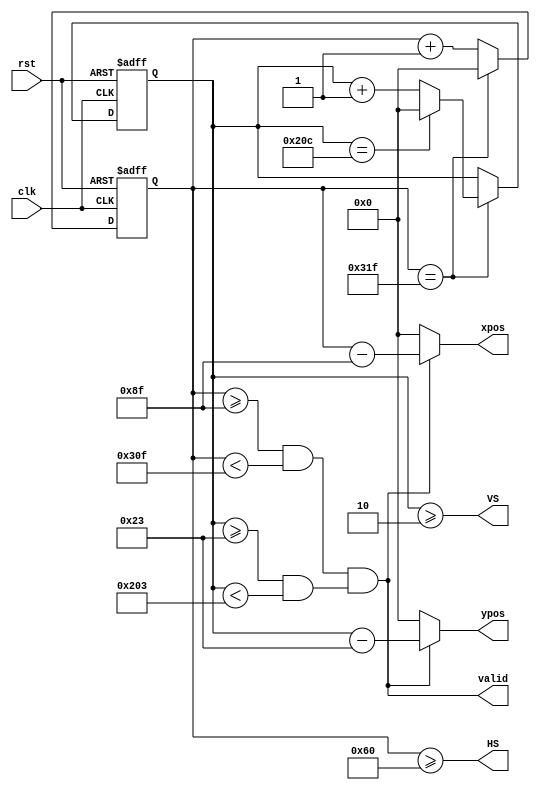
`timescale 1ns / 1ps
//////////////////////////////////////////////////////////////////////////////////
// Company: 
// Engineer: 
// 
// Design Name: 
// Module Name: VGA_640x480
// Project Name: 
// Target Devices: 
// Tool Versions: 
// Description: 
// 
// Dependencies: 
// 
// Revision:
// Revision 0.01 - File Created
// Additional Comments:
// 
//////////////////////////////////////////////////////////////////////////////////
module VGA_640x480(
    input clk,//25mhz
    input rst,
    output HS,
    output VS,
    output valid,
    output [31:0] xpos,
    output [31:0] ypos
    );

    reg [31:0]h_count;
    reg [31:0]v_count;  
    



    //h_count(0-639+8+8+96+40+8 = 799)
    always@(posedge clk or posedge rst)begin
        if (rst) begin
            h_count<=0;
        end
        else if(h_count == 10'd799)
            h_count <= 10'h0;
        else
            h_count <= h_count + 10'h1;
    end

    
    //v_count(0-524)
    always@(posedge clk or posedge rst)begin
        if (rst) begin
            v_count<=0;
        end
        else if(h_count == 10'd799)begin        
            if(v_count == 10'd524)v_count <= 10'h0;
            else v_count <= v_count + 10'h1;
        end
    end


    assign xpos = valid?(h_count - 10'd143):0;
    assign ypos = valid?(v_count - 10'd35):0;
    assign VS = (v_count >= 10'd2);
    assign HS = (h_count >= 10'd96);
    assign valid = (((h_count >= 10'd143)&&(h_count < 10'd783)) && ((v_count >= 10'd35) && (v_count < 10'd515)));        
    
endmodule